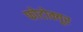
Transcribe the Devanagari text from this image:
फोटोक्यूर